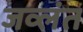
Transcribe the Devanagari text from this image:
जव्लंत